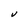
Character: V